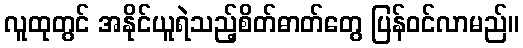
လူထုတွင် အနိုင်ယူရဲသည့်စိတ်ဓာတ်တွေ ပြန်ဝင်လာမည်။